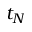
t _ { N }